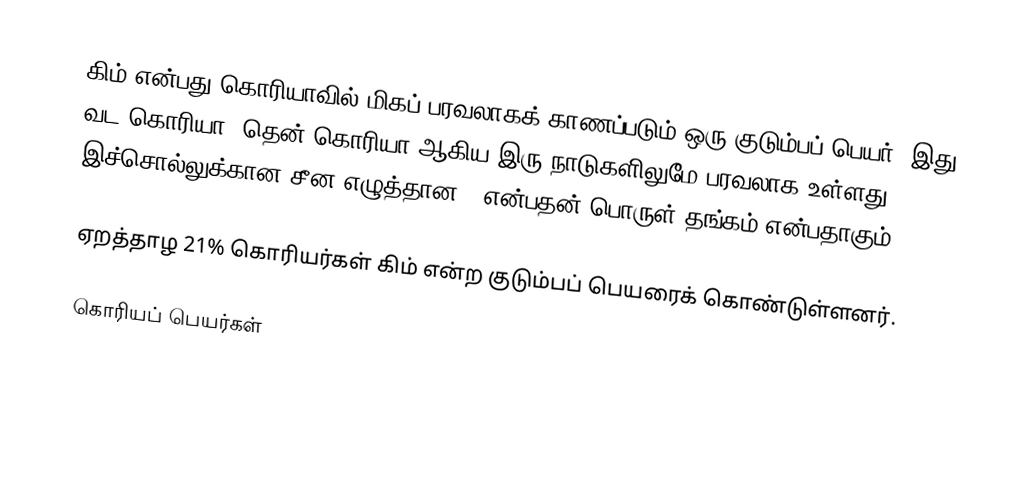
கிம் என்பது கொரியாவில் மிகப் பரவலாகக் காணப்படும் ஒரு குடும்பப் பெயர். இது வட கொரியா, தென் கொரியா ஆகிய இரு நாடுகளிலுமே பரவலாக உள்ளது. இச்சொல்லுக்கான சீன எழுத்தான 金 என்பதன் பொருள் தங்கம் என்பதாகும்.

ஏறத்தாழ 21% கொரியர்கள் கிம் என்ற குடும்பப் பெயரைக் கொண்டுள்ளனர்.

கொரியப் பெயர்கள்